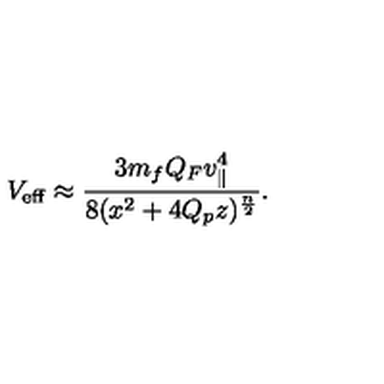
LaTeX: V _ { \mathrm { e f f } } \approx { \frac { 3 m _ { f } Q _ { F } v _ { \parallel } ^ { 4 } } { 8 ( x ^ { 2 } + 4 Q _ { p } z ) ^ { \frac { n } { 2 } } } } .